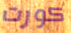
كورت